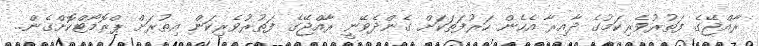
ރާއްޖޭގެ ފަތުރުވެރިކަމުގެ ދާއިރާ އެހެން ހަރުފަތަކަށް ގެންދެވޭނީ ރާއްޖޭގެ ފަތުރުވެރިކަން އިތުރަށް ޕްރޮމޯޓްކޮށްގެން..